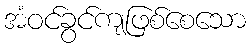
အံဝင်ခွင်ကျဖြစ်စေသော